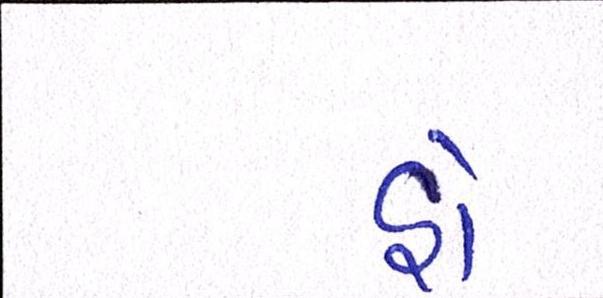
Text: હો